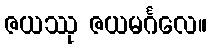
ဇယဿု ဇယမင်္ဂလေ။